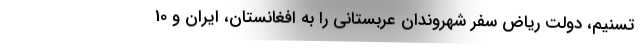
تسنیم، دولت ریاض سفر شهروندان عربستانی را به افغانستان، ایران و 10